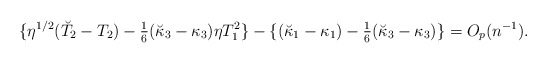
\begin{align*}\{\eta^{1/2}(\breve T_2-T_2)-{\textstyle{1\over 6}}(\breve \kappa_3-\kappa_3)\eta T_1^2\}-\{(\breve \kappa_1-\kappa_1)-{\textstyle{1\over 6}}(\breve \kappa_3-\kappa_3)\}=O_p(n^{-1}).\end{align*}